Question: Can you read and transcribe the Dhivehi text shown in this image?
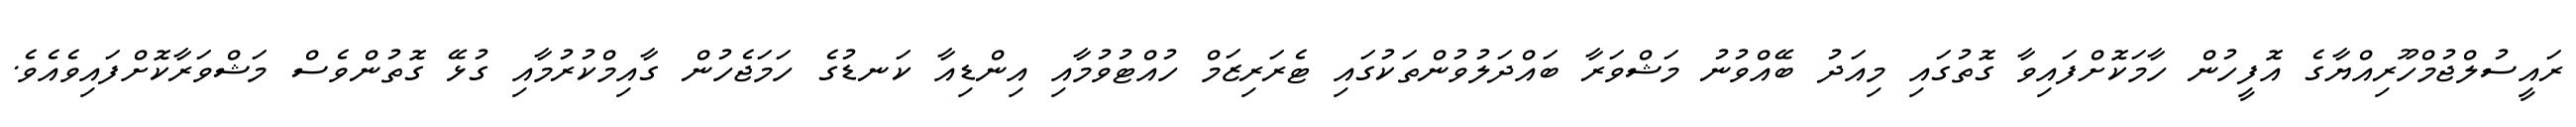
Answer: ރައީސުލްޖުމްހޫރިއްޔާގެ އޮފީހުން ހާމަކޮށްފައިވާ ގޮތުގައި މިއަދު ބޭއްވުނު މަޝްވަރާ ބައްދަލުވުންތަކުގައި ޓެރަރިޒަމް ހުއްޓުވުމާއި އިންޑިއާ ކަނޑުގެ ހަމަޖެހުން ގާއިމްކުރުމާއި ގުޅޭ ގޮތުންވެސް މަޝްވަރާކޮށްފައިވެއެވެ.